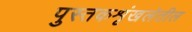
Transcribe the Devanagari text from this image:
पुस्तकशृंखलेतील